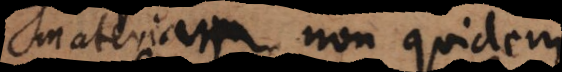
materiam non quidem